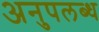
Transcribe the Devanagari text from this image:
अनुपलब्‍ध